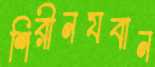
শিরীনযবান